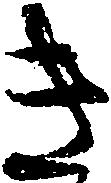
き